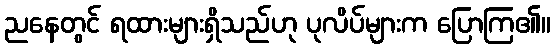
ညနေတွင် ရထားများရှိသည်ဟု ပုလိပ်များက ပြောကြ၏။